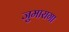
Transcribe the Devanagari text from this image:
जुमारागा